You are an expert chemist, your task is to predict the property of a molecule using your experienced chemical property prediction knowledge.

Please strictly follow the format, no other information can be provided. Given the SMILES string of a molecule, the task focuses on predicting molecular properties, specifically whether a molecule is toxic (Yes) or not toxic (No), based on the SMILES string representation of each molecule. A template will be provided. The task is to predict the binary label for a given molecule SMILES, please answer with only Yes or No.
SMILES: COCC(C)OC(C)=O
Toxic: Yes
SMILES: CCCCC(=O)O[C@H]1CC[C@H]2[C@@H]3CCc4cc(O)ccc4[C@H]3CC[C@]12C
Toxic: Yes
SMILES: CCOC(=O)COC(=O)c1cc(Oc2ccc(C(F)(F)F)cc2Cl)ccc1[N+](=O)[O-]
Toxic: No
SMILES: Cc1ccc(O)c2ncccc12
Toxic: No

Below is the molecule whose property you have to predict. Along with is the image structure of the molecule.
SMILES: CN(C)C(=O)COC(=O)Cc1ccc(OC(=O)c2ccc(NC(=N)N)cc2)cc1
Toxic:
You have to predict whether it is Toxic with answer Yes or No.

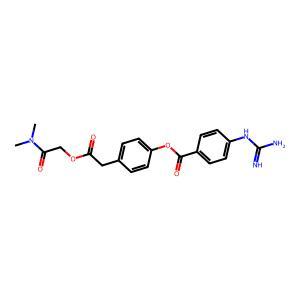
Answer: No